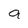
Character: q